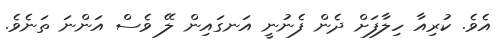
އެވެ. ކުރިއާ ހިލާފަށް ދެން ފެނުނީ އަނގައިން ލޭ ވެސް އަންނަ ތަނެވެ.